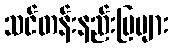
သင်တန်းနည်းပြများ